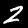
Label: 2